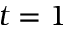
t = 1